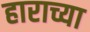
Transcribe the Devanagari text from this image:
हाराच्या